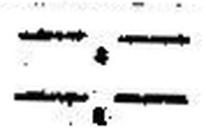
—.—